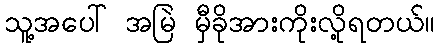
သူ့အပေါ် အမြဲ မှီခိုအားကိုးလို့ရတယ်။